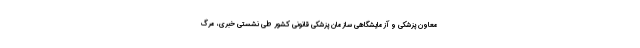
معاون پزشکی و آزمایشگاهی سازمان پزشکی قانونی کشور طی نشستی خبری، مرگ